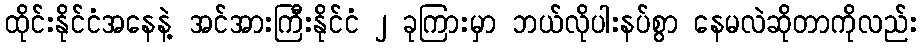
ထိုင်းနိုင်ငံအနေနဲ့ အင်အားကြီးနိုင်ငံ ၂ ခုကြားမှာ ဘယ်လိုပါးနပ်စွာ နေမလဲဆိုတာကိုလည်း